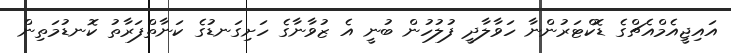
އައިޖީއެމްއެޗްގެ ޑޮކްޓަރުންނާ ހަވާލާދީ ފުލުހުން ބުނީ އެ ޒުވާނާގެ ހަށިގަނޑުގެ ކަނާތްފަރާތު ކޮނޑުމަތިން